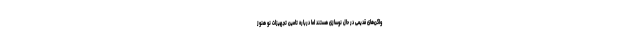
واگن‌های قدیمی در حال نوسازی هستند اما درباره تامین تجهیزات نو هنوز